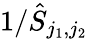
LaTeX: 1/\hat{S}_{j_{1},j_{2}}